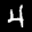
Label: 4